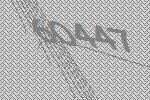
60447